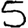
Digit: 5